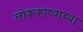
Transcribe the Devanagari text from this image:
लोककाव्याच्या